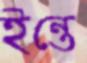
ইন্তে